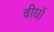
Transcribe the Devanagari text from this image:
बीघों